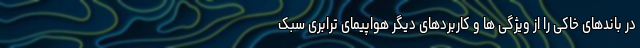
در باندهای خاکی را از ویژگی ها و کاربردهای دیگر هواپیمای ترابری سبک